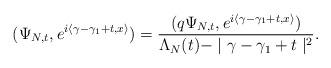
LaTeX: \begin{align*}(\Psi_{N,t},e^{i\left\langle \gamma-\gamma_{1}+t,x\right\rangle })=\dfrac{(q\Psi_{N,t},e^{i\left\langle \gamma-\gamma_{1}+t,x\right\rangle })}{\Lambda_{N}(t)-\mid\gamma-\gamma_{1}+t\mid^{2}}.\end{align*}